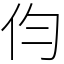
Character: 伨